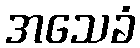
အသေခံ